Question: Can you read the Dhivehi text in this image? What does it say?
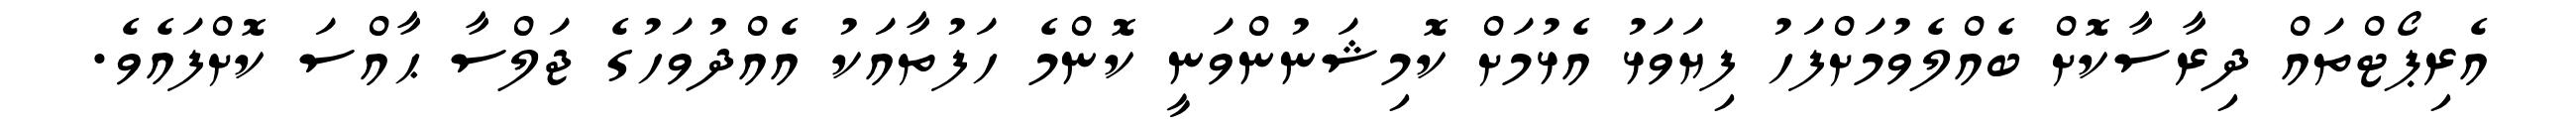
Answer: އެރިޕޯޓްތައް ދިރާސާކޮށް ބެއްލެވުމަށްފަހު ފިޔަވަޅު އެޅުމަށް ކޮމިޝަނުންވަނީ ކޮންމެ ހަފުތާއަކު އެއްދުވަހުގެ ޖަލްސާ ޙާއްސަ ކޮށްފައެވެ.